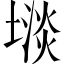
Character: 𫮡